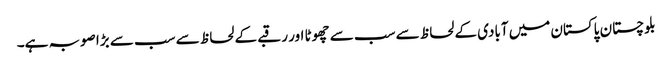
بلوچستان پاکستان میں آبادی کے لحاظ سے سب سے چھوٹا اور رقبے کے لحاظ سے سب سے بڑا صوبہ ہے۔